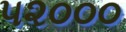
૫૨૦૦૦